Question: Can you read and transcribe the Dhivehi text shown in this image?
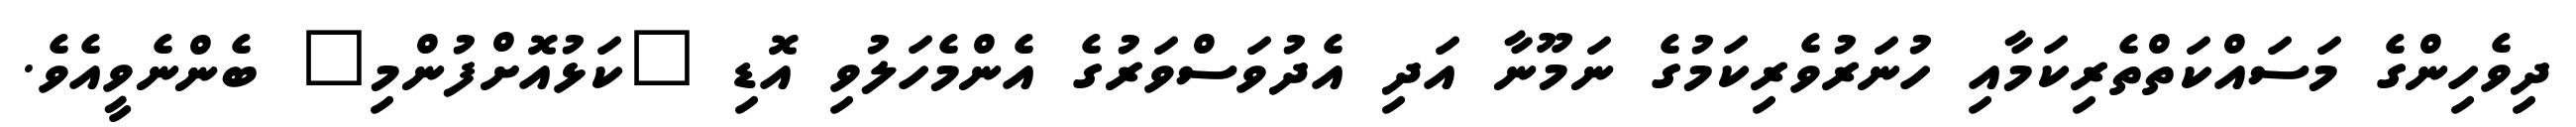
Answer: ދިވެހިންގެ މަސައްކަތްތެރިކަމާއި ހުނަރުވެރިކަމުގެ ނަމޫނާ އަދި އެދުވަސްވަރުގެ އެންމެހަލުވި އޮޑި "ކަޅުއޮށްފުންމި" ބެންނެވީއެވެ.